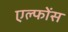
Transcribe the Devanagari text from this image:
एल्फोंस